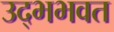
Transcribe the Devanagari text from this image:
उद्भभवत